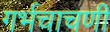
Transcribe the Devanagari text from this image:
गर्भचाचणी